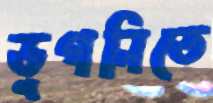
ডুগনিতে